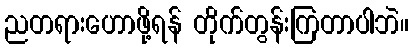
ညတရားဟောဖို့ရန် တိုက်တွန်းကြတာပါဘဲ။